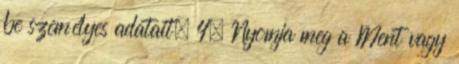
be személyes adatait. 4. Nyomja meg a Ment vagy